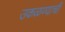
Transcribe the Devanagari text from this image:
उकळण्याची